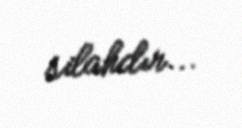
silahdır...